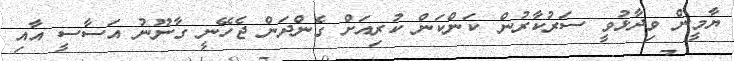
ޔާމީން ވިދާޅުވީ ސަރުކާރުން ކަންކަން ކުރިއަށް ގެންދަން ޖެހޭނީ ގާނޫނު އަސާސީ އާއި